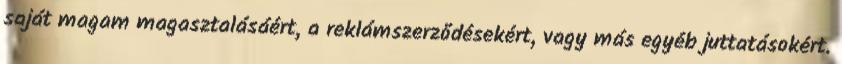
saját magam magasztalásáért, a reklámszerződésekért, vagy más egyéb juttatásokért.